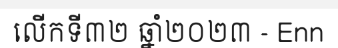
លើកទី៣២ ឆ្នាំ២០២៣ - Enn